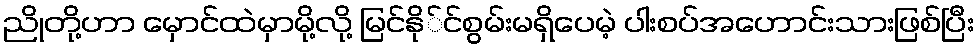
ညိုတို့ဟာ မှောင်ထဲမှာမို့လို့ မြင်နို်င်စွမ်းမရှိပေမဲ့ ပါးစပ်အဟောင်းသားဖြစ်ပြီး